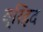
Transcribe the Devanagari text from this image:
व्रिहद